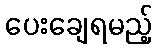
ပေးချေရမည့်